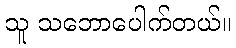
သူ သဘောပေါက်တယ်။